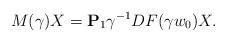
LaTeX: \begin{align*}{ M}(\gamma) X = {\bf P}_1 \gamma^{-1} DF(\gamma w_0) X.\end{align*}